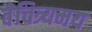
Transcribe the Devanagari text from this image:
वैचित्र्यमय